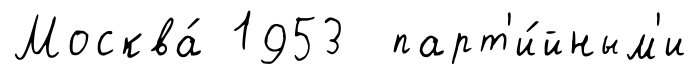
Москва́ 1953 парт'и́йным'и